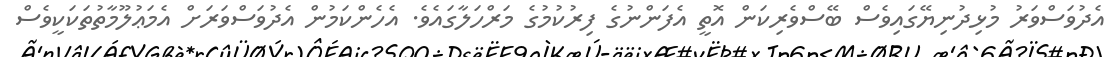
އެދުވަސްވަރު މުޅިދުނިޔޭގައިވެސް ބޭސްވެރިކަން އޮތީ އެފަންނުގެ ފިރުކުމުގެ މަރްހަލާގައެވެ. އެހެންކަމުން އެދުވަސްވަރަށް އެމަޢުލޫމާތުތަކަކީވެސް